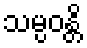
သမ္ပဝန္တိ